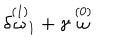
\delta \stackrel { ( 1 ) } { \omega } _ { 1 } + \gamma \stackrel { ( 0 ) } { \omega }